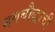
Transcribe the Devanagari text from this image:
नवबौद्धांची